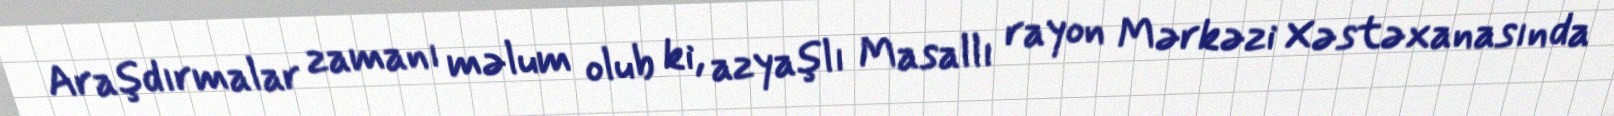
Araşdırmalar zamanı məlum olub ki, azyaşlı Masallı rayon Mərkəzi Xəstəxanasında